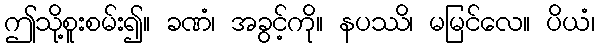
ဤသို့စူးစမ်း၍။ ခဏံ၊ အခွင့်ကို။ နပဿိ၊ မမြင်လေ။ ပိယံ၊